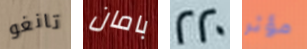
تانغو بامان 220 مؤثر